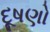
દૂષણો